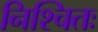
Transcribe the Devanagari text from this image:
निश्चितः